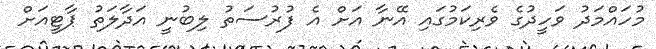
މުހައްމަދު ވަހީދުގެ ވެރިކަމުގައި އޭނާ އަށް އެ ފުރުސަތު ލިބުނީ އަދާލަތު ޕާޓީއަށް